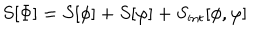
S [ \Phi ] = S [ \phi ] + S [ \varphi ] + S _ { \mathrm { i n t } } [ \phi , \varphi ]